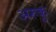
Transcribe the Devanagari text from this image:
अरुकु